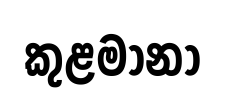
කුළමානා